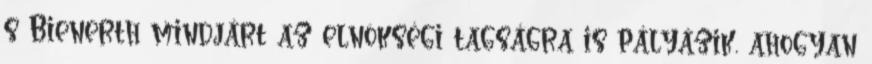
s Bienerth mindjárt az elnökségi tagságra is pályázik, ahogyan